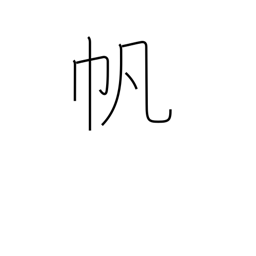
Meaning: sail